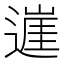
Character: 𨖭